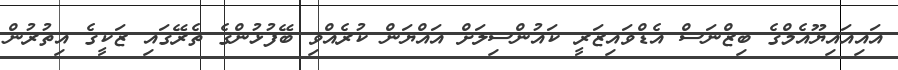
އައިއައިޔޫއެމްގެ ބިޒްނަސް އެޑްވައިޒަރީ ކައުންސިލަށް އައްޔަން ކުރެއްވި ބޭފުޅުންގެ ތެރޭގައި ޒަކީގެ އިތުރުން